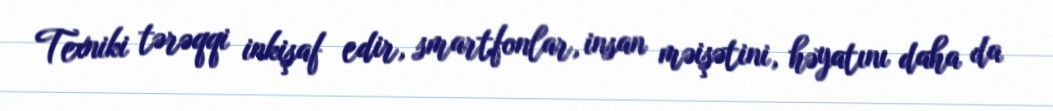
Texniki tərəqqi inkişaf edir, smartfonlar, insan məişətini, həyatını daha da